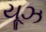
યૂઝ